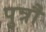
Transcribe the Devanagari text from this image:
पुत्रौ